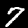
Digit: 7